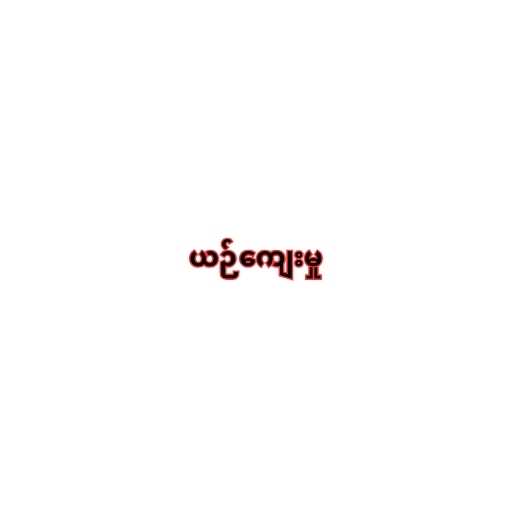
ယဉ်ကျေးမှု